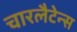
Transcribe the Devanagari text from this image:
चारलैटेन्स